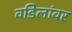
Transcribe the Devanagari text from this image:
वडिलांवर